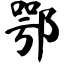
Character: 鄂